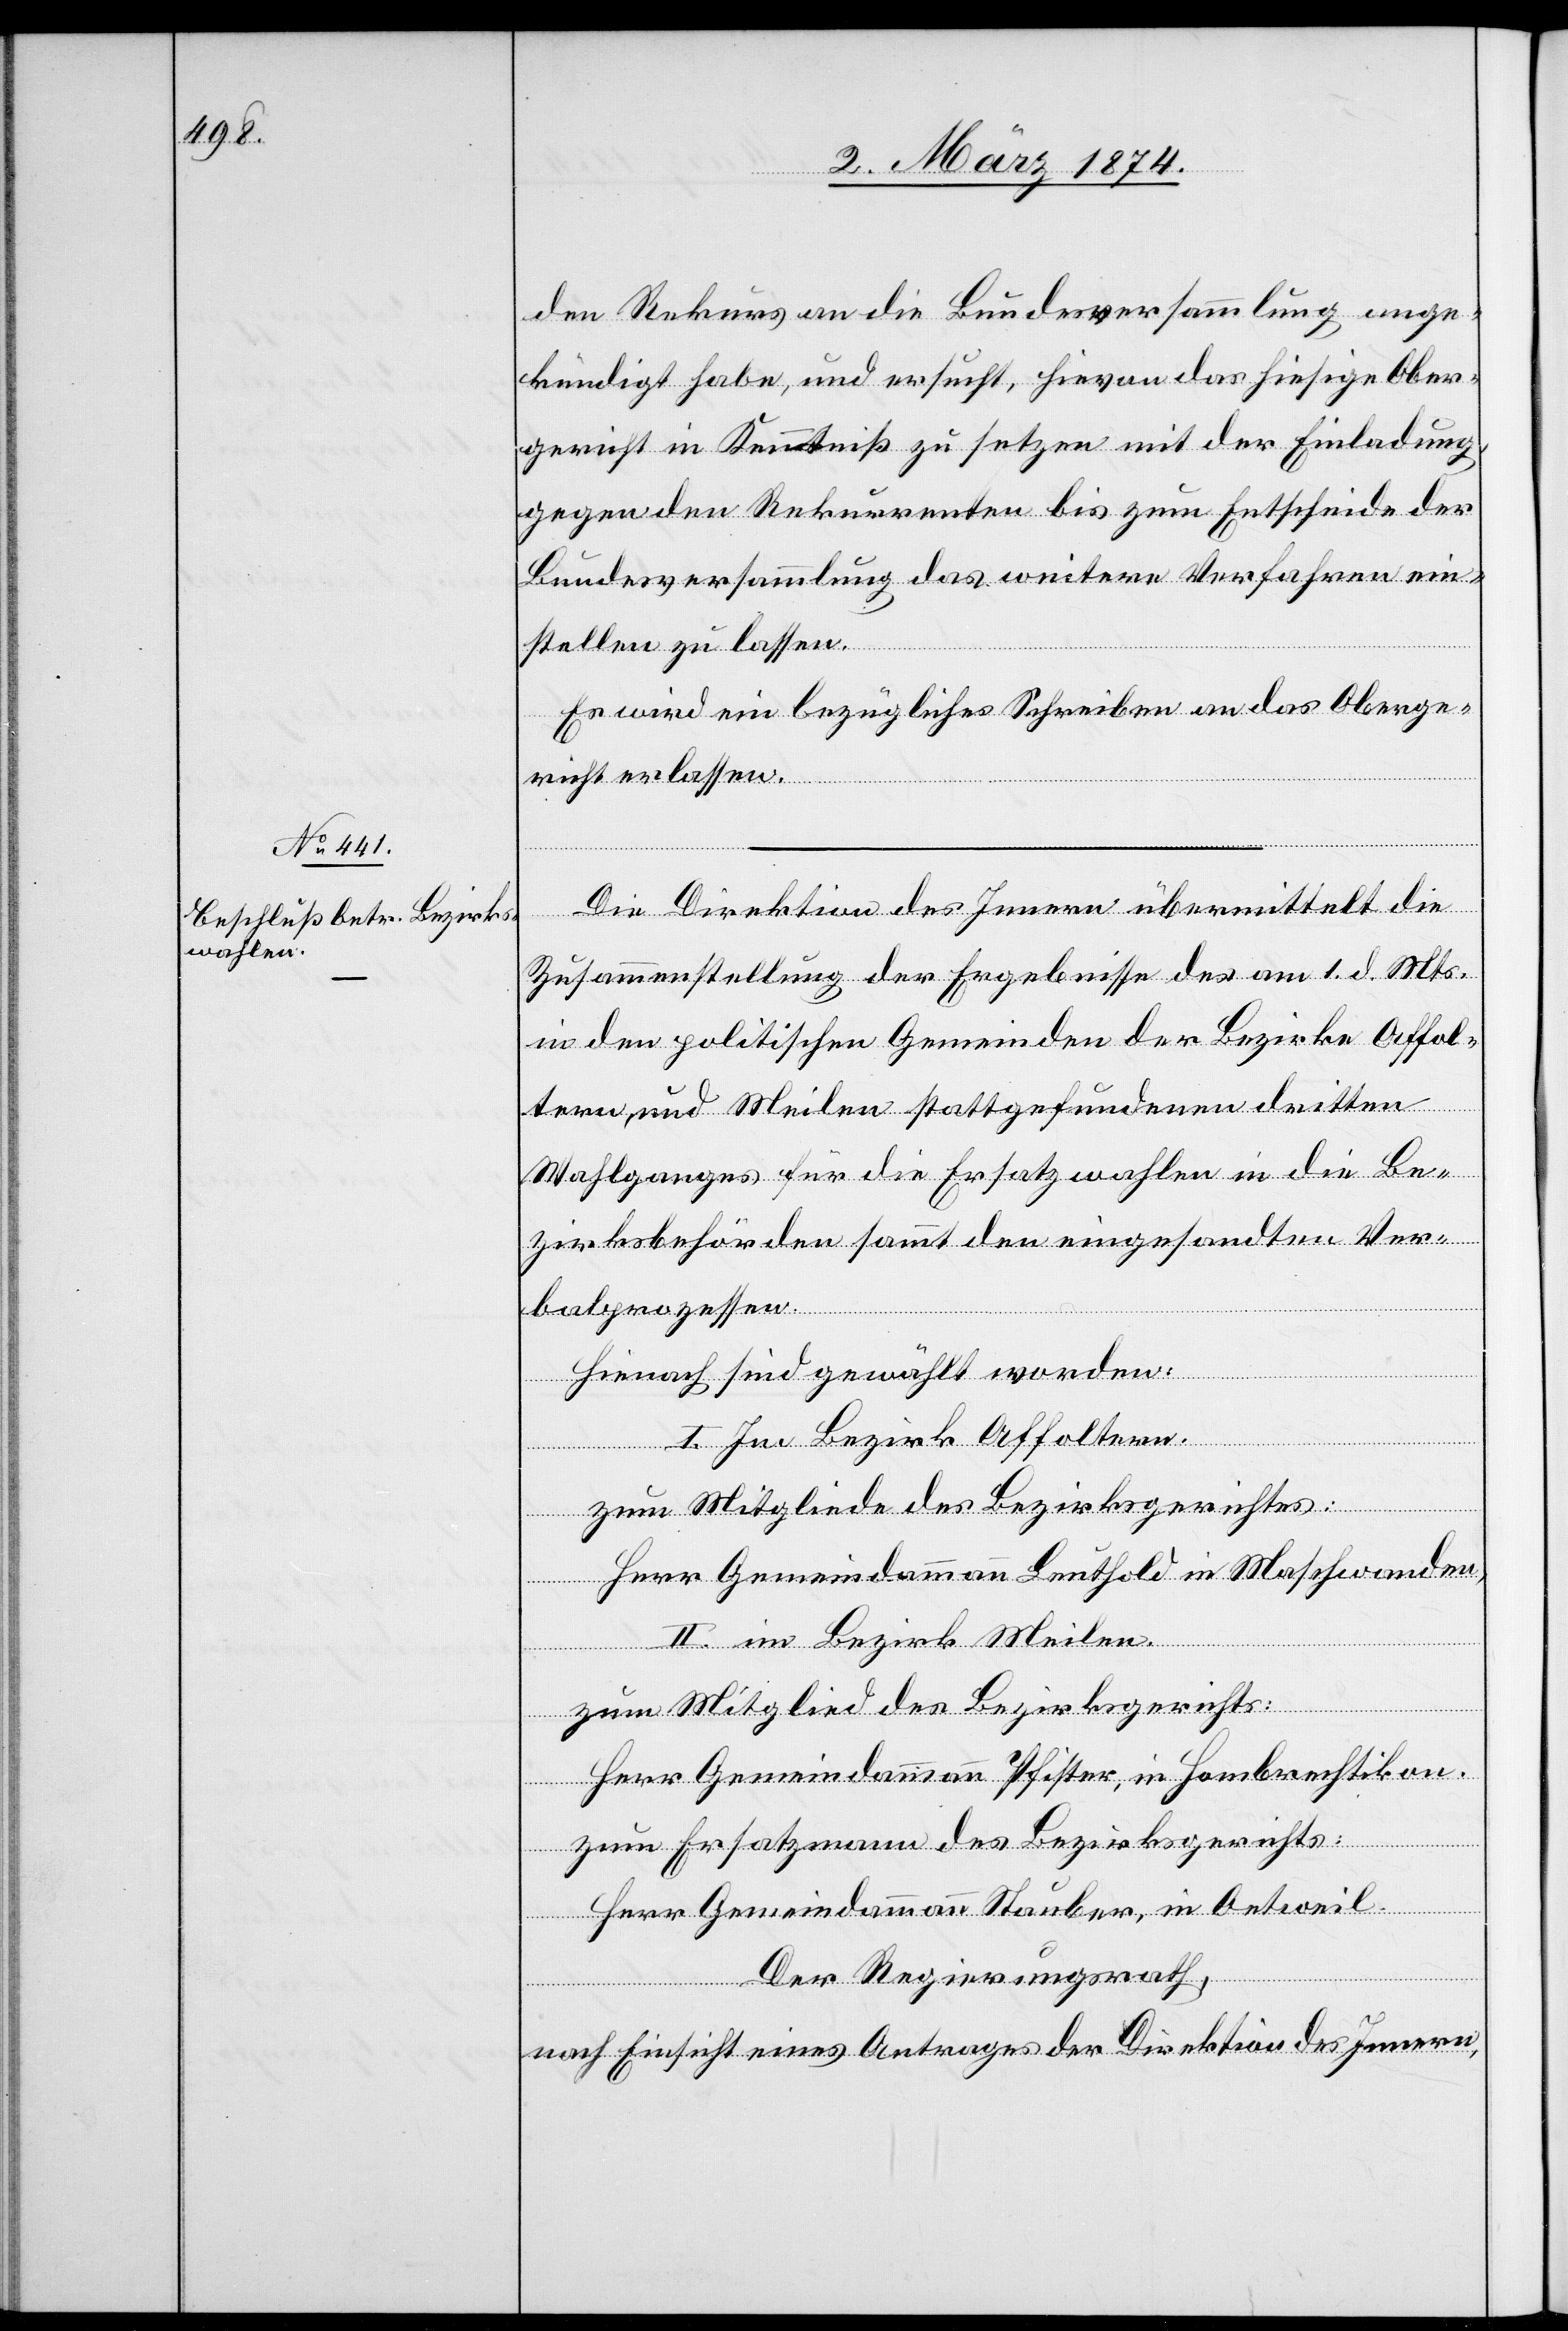
4. März 1874.]
den Rekurs an die Bundesversammlung ange¬
kündigt habe, und ersucht, hievon das hiesige Ober¬
gericht in Kenntniß zu setzen mit der Einladung,
gegen den Rekurrenten bis zum Entscheide der
Bundesversammlung das weitere Verfahren ein¬
stellen zu lassen.
Es wird ein bezügliches Schreiben an das Oberge¬
richt erlassen.
Die Direktion des Innern übermittelt die
Zusammenstellung der Ergebnisse des am 1. d. Mts.
in den politischen Gemeinden der Bezirke Affol¬
tern und Meilen stattgefundenen dritten
Wahlganges für die Ersatzwahlen in die Be¬
zirksbehörden sammt den eingesandten Ver¬
balprozessen.
Hienach sind gewählt worden:
I. Im Bezirk Affoltern.
zum Mitgliede des Bezirksgerichtes:
Herr Gemeindammann Leuthold in Maschwanden,
II. im Bezirk Meilen.
zum Mitglied des Bezirksgerichts:
Herr Gemeindamman Pfister in Hombrechtikon.
zum Ersatzmann des Bezirksgerichts:
Herr Gemeindammann Stauber, in Oentwil.
Der Regierungsrath,
nach Einsicht eines Antrages der Direktion des Innern